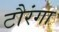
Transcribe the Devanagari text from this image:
टौरंगा